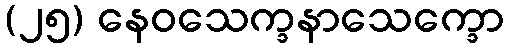
(၂၅) နေဝသေက္ခနာသေက္ခော